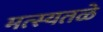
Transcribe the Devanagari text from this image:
मत्स्यतळे